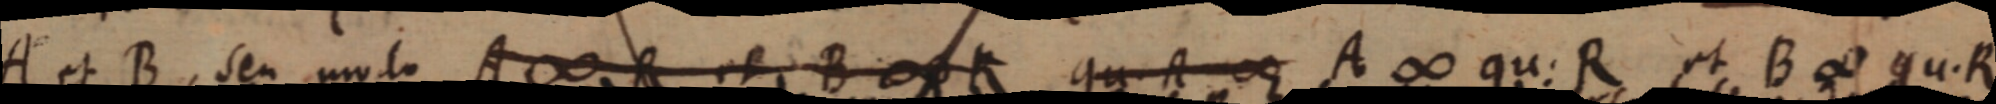
A et B, seu modo A ∞ R et B ∞ R qu. R ∞ A ∞ qu. R et B ∞ qu. R